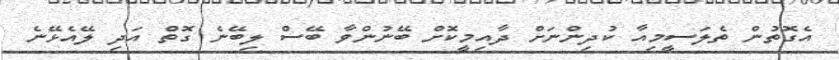
އެގޮތުން ތެލަސީމިއާ ކުދިންނަށް ދާއިމީކޮށް ބޭނުންވާ ބޭސް ލިބޭނެ ގޮތް އަދި ލޭއެޅޭނެ